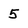
Character: 5